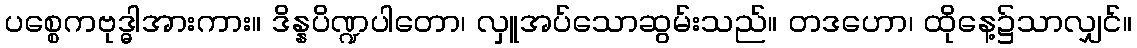
ပစ္စေကဗုဒ္ဓါအားကား။ ဒိန္နပိဏ္ဍပါတော၊ လှူအပ်သောဆွမ်းသည်။ တဒဟော၊ ထိုနေ့၌သာလျှင်။